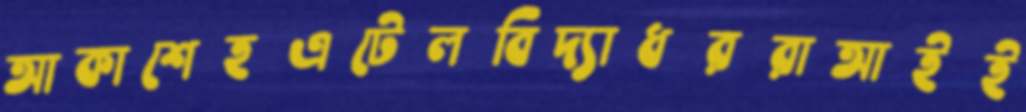
আকাশেহএটেলবিদ্যাধররাআইই